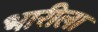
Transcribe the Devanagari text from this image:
भारीला